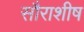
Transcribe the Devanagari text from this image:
सौराशीष